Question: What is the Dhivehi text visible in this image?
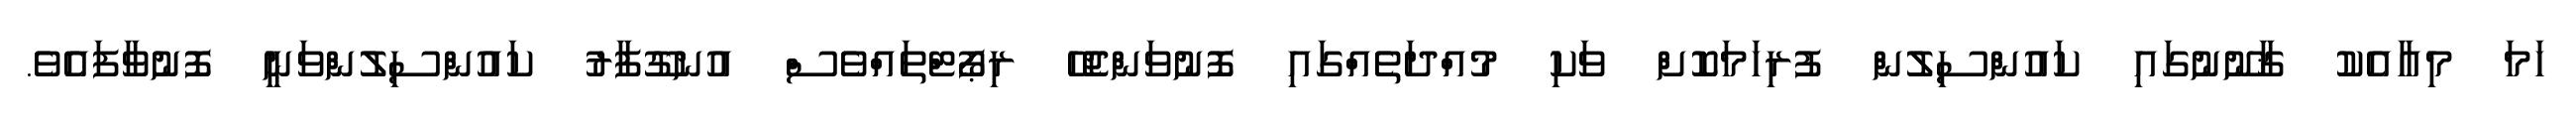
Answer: ހަމަ މިއާއެކު ޤާނޫނުގައި ކައުންސިލުން ފުރިހަމަކޮށް ވަކި މުއްދަތެއްގައި ފޮނުވަންޖެހޭ ރިޕޯޓްތައްވެސް އުނގޫފާރު ކައުންސިލުންވަނީ ފޮނުވާފައެވެ.